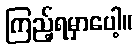
ကြည့်ရမှာပေါ့။